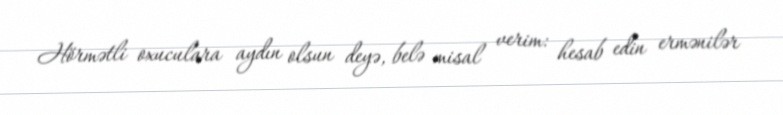
Hörmətli oxuculara aydın olsun deyə, belə misal verim: hesab edin ermənilər